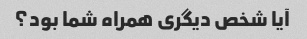
آیا شخص دیگری همراه شما بود؟